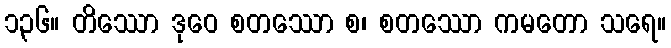
၁၃၆။ တိဿော ဒုဝေ စတဿော စ၊ စတဿော ကမတော သရေ။